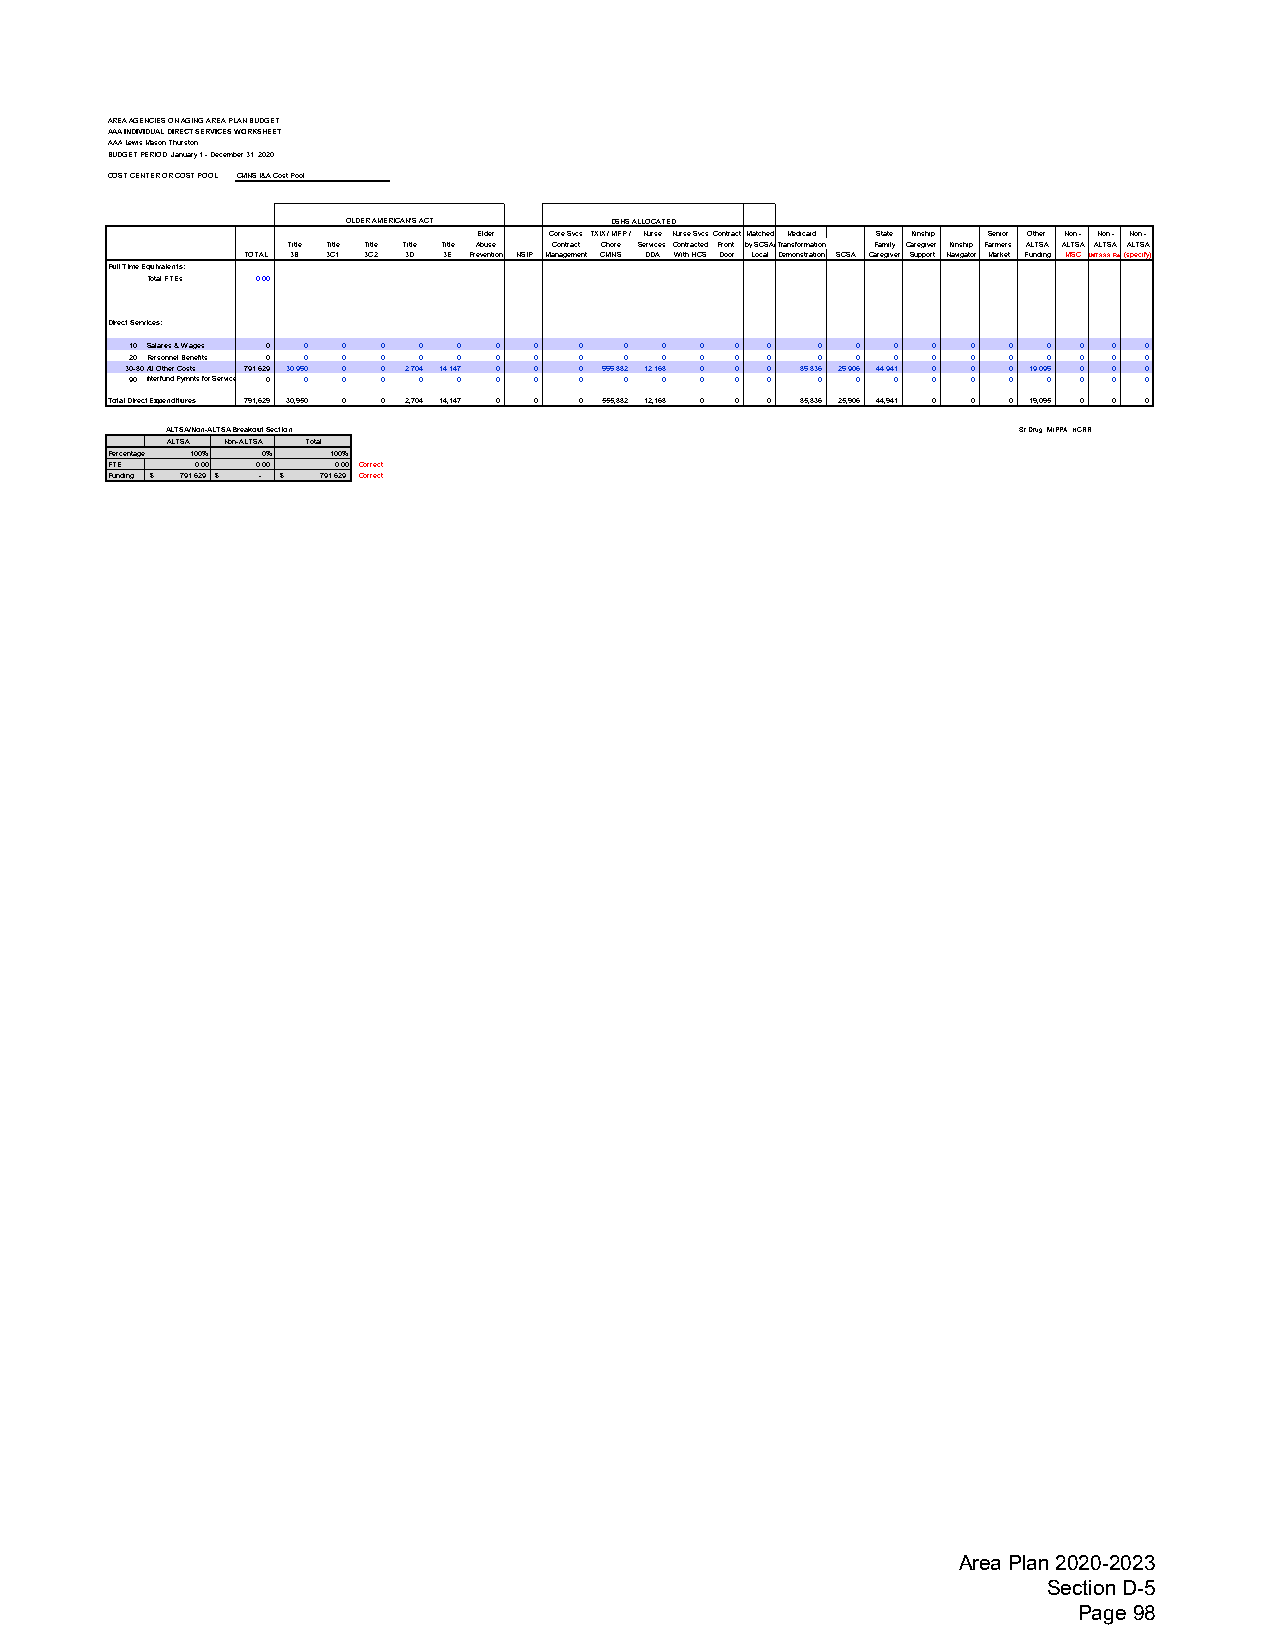
AREA AGENCIES ON AGING AREA PLAN BUDGET
 AAA INDIVIDUAL DIRECT SERVICES WORKSHEET
 AAALewis Mason Thurston
 BUDGET PERIOD: January 1 - December 31, 2020
 COST CENTER OR COST POOL: CMNS I&A Cost Pool
 OLDER AMERICAN'S ACT DSHS ALLOCATED
 Elder Core Svcs TXIX / MFP / Nurse Nurse SvcsContractMatched Medicaid State Kinship Senior Other Non - Non - Non -
 Title Title Title Title Title Abuse Contract Chore Services Contracted Front by SCSA/Transformation Family Caregiver Kinship Farmers ALTSA ALTSA ALTSA ALTSA
 TOTAL 3B 3C1 3C2 3D 3E Prevention NSIP Management CMNS DDA With HCS Door Local Demonstration SCSA Caregiver Support Navigator Market Funding MSC LMTAAA Res(specify)
 Full Time Equivalents:
 Total FTEs 0.00
 Direct Services:
 10 Salaries & Wages 0 0 0 0 0 0 0 0 0 0 0 0 0 0 0 0 0 0 0 0  0 0 0 0
 20 Personnel Benefits 0 0 0 0 0 0 0 0 0 0 0 0 0 0 0 0 0 0 0 0 0 0 0 0
 30-80All Other Costs 791,629 30,950 0 0 2,704 14,147 0 0 0 555,882 12,168 0 0 0 85,836 25,906 44,941 0 0 0 19,095 0 0 0
 90 Interfund Pymnts for Service 0 0 0 0 0 0 0 0 0 0 0 0 0 0 0 0 0 0 0 0 0 0 0 0
 Total Direct Expenditures 791,629 30,950 0 0 2,704 14,147 0 0 0 555,882 12,168 0 0 0 85,836 25,906 44,941 0 0 0 19,095 0 0 0
 ALTSA/Non-ALTSA Breakout Section                        Sr Drug, MIPPA, HCRR
 ALTSA Non-ALTSA Total
 Percentage 100% 0% 100%
 FTE   0.00 0.00 0.00 Correct
 Funding $ 7 91,629 $ - $ 7 91,629 Correct
 Area Plan 2020-2023
 Section D-5
 Page 98